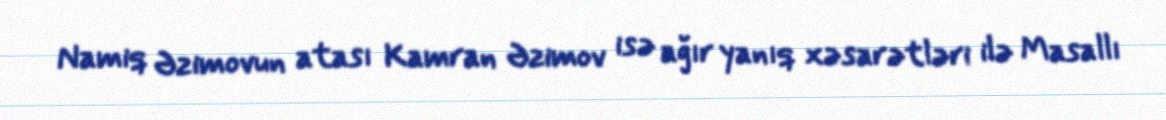
Namiq Əzimovun atası Kamran Əzimov isə ağır yanıq xəsarətləri ilə Masallı